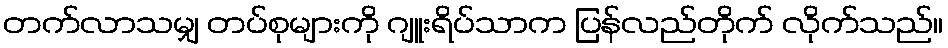
တက်လာသမျှ တပ်စုများကို ဂျူးရိပ်သာက ပြန်လည်တိုက် လိုက်သည်။